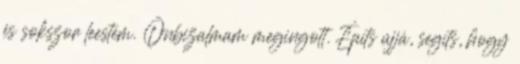
és sokszor leestem. Önbizalmam megingott. Építs újjá, segíts, hogy